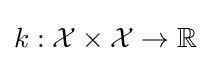
k:{\mathcal {X}}\times {\mathcal {X}}\rightarrow \mathbb {R}